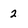
Character: 2